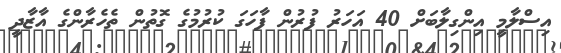
އިސްލާމީ އިންގިލާބަށް 40 އަހަރު ފުރުން ފާހަގަ ކުރުމުގެ ގޮތުން ތެހެރާންގެ އާޒާދީ